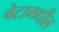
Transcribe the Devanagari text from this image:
बेटामधील